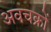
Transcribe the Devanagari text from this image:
अवचक्रों